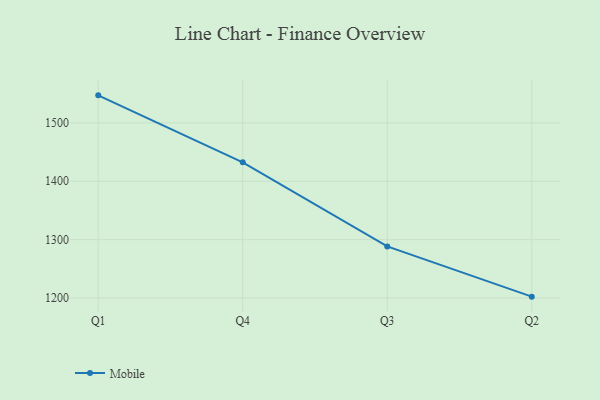
{"axis": {"x": "Quarter", "y": "Website Visitors"}, "legend": ["Mobile"], "data": [{"x": "Q1", "y": 1547.2, "type": "Mobile"}, {"x": "Q4", "y": 1432.5, "type": "Mobile"}, {"x": "Q3", "y": 1288.3, "type": "Mobile"}, {"x": "Q2", "y": 1202.3, "type": "Mobile"}]}